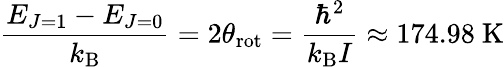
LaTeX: {\frac{E_{J=1}-E_{J=0}}{k_{\mathrm{B}}}}=2\theta_{\mathrm{rot}}={\frac{\hbar^{2}}{k_{\mathrm{B}}I}}\approx 174.98{\mathrm{~K}}